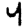
Digit: 4